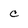
Character: c